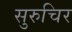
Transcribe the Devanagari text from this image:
सुरुचिर